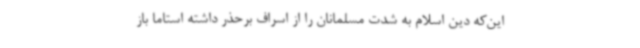
این‌که دین اسلام به شدت مسلمانان را از اسراف برحذر داشته استاما باز